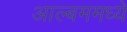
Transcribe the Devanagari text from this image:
आल्बममध्ये